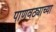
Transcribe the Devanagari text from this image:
पाणवठ्याच्या